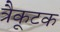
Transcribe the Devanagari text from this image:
त्रैकूटक